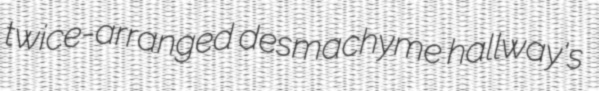
twice-arranged desmachyme hallway's